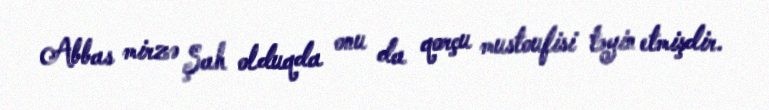
Abbas mirzə Şah olduqda onu da qorçu mustoufisi təyin etmişdir.